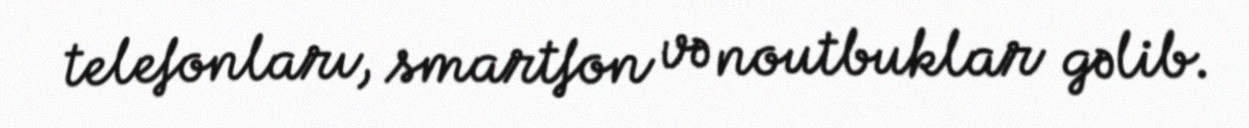
telefonları, smartfon və noutbuklar gəlib.